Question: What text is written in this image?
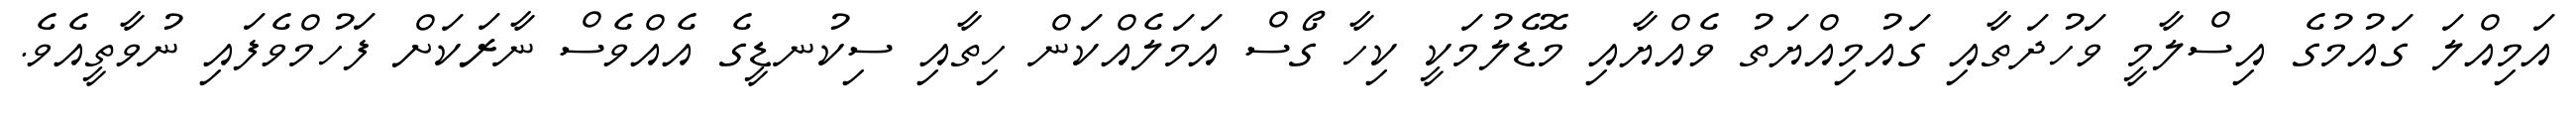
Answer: އަމިއްލަ ގައުމުގެ އިސްލާމީ ވަހުދަތާއި ގައުމިއްޔަތު ވެއްޔާއި މޮޑެލުމަކީ ކިހާ ގޯސް އަމަލެއްކަން ހިތާއި ސިކުނޑީގެ އެއްވެސް ނާރަކަށް ފަހުމްވެފައި ނުވާތީއެވެ.